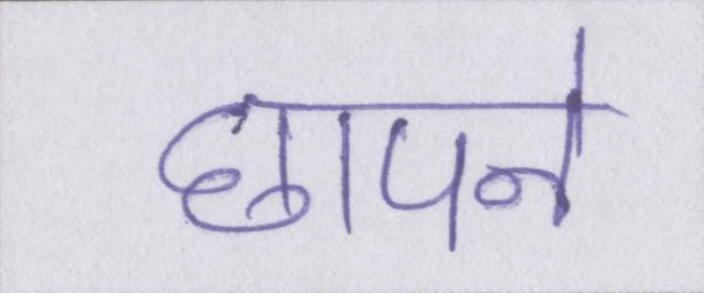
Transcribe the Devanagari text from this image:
छापने